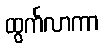
ထွက်လာကာ